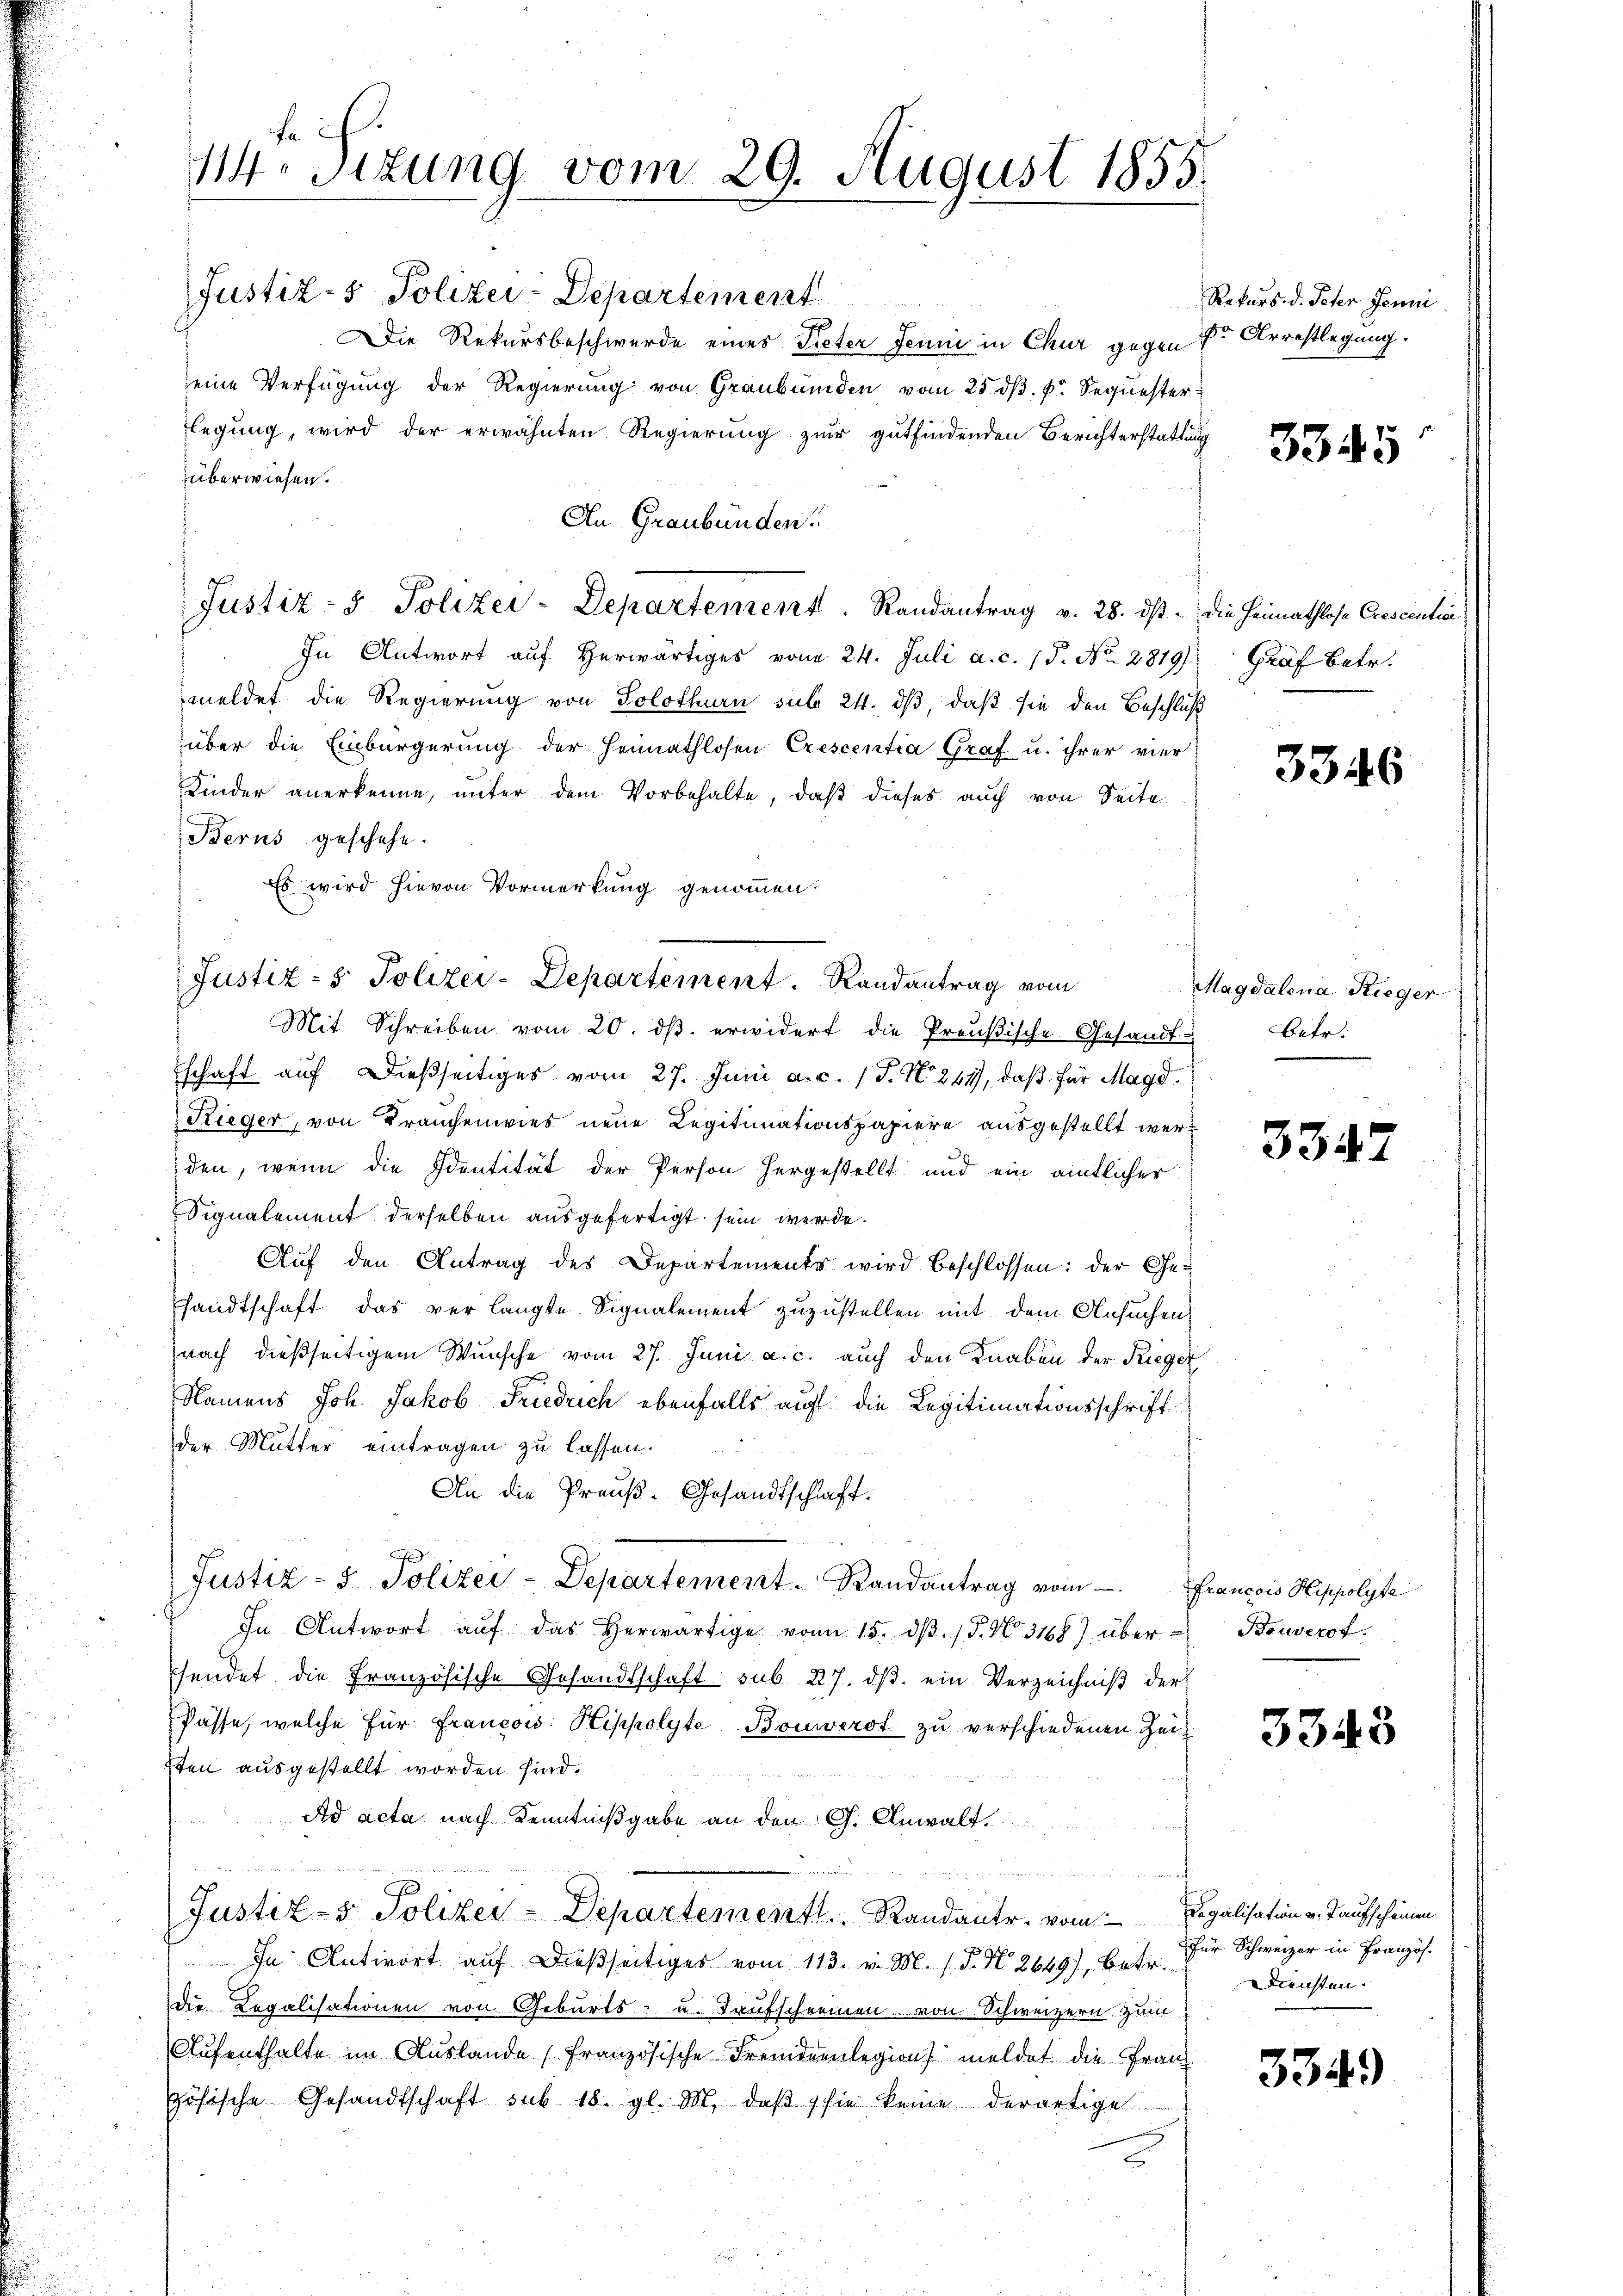
se ih
Mestzung vom 29. August 1855.

Justiz- & Polizei-Departement
Die Rekursbeschwerde eines Peter Jenni in Chur gegen der Arrestlegung.
eine Verfügung der Regierŭng von Graubünden vom 25. dβ. p. Sequester
legung, wird der erwähnten Regierung zur gutfindenden Berichterstattung
überwiesen.
An Graubünden.
In Antwort auf herwärtiges vom 24. Juli a. c. 18. No. 2819). Graf betr.
meldet die Regierung von Solothurn sub 24. ds, daß sie den Beschluß
über die Einbürgerung der Heimathlosen Crescentia Graf u. ihrer vier
Kinder anerkenne, unter dem Vorbehalte, daß dieses auch von Seite
Berns geschehe.
Es wird hievon Vormerkung genommen.

Justiz- & Polizei-Departement. Randantrag vom

Mit Schreiben vom 20. dβ. erwidert die Preußische Gesandt-Betr.
schaft auf dießseitiges vom 27. Juni a.c. (T. N. 241, daß für Magd.
Rieger, von Brauchenwies neue Legitimationspapiere ausgestellt werden, wenn die Identität der Person hergestellt und ein amtlicher
Signalement derselben ausgefertigt sein werde.
Auf den Antrag des Departements wird beschlossen: der Gesandtschaft, das verlangte Signalement zuzustellen mit dem Ansuchen
nach dießseitigem Wunsche vom 27. Juni a. c. auch den Knaben der Krieger,
Namens Joh. Jakob Friedrich ebenfalls auf die Legitimationsschrift
der Mutter eintragen zu lassen.
An die Preuß. Gesandtschlaft
.
Justiz- & Polizei-Departement. Randantrag vom Francois Hippolyte
In Antwort aŭf das herwärtige von 15. dβ. / 5. No. 3168) über-
endet die Französische Gesandtschaft sub 27. dβ ein Verzeichniß der
Pässe, welche für Francois: Hippolyte Bouwerdt zu verschiedenen Zeisten ausgestellt worden sind.
Ad acta nach Kenntnißgabe an den G. Anwalt.
Justiz- & Polizei-Departementl. Randantr. vom Regalisation v. Taufscheinen
In Antwort auf dießseitiges vom 113. v. M. P. N. 2649), betr.
die Legalisationen von Geburts- u. Taufscheinen von Schweizern zum
Aufenthalte im Auslande französische Fremdenlegion meldet die Franz
zösische Gesandtschaft sub 18. gl. M. daβ sie keine derortige
E

Justiz- & Polizei-Departement. Randantrag v. 28. dβ. die Heimathlose Crescentiae

Rekurs d. Peter Jenni

3345

3346

Magdalena Rieger

334.

Bouverst.

3343

Für Schweizer in Französ.
Diensten.

3349